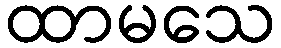
ထာမသေ